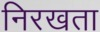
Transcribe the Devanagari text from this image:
निरखता